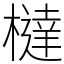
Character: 橽